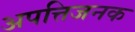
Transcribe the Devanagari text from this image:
अपत्तिजनक